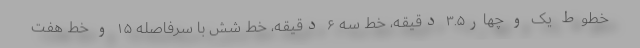
خطوط یک و چهار۳.۵ دقیقه، خط سه ۶ دقیقه، خط شش با سرفاصله ۱۵ و خط هفت